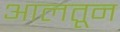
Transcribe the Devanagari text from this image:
आलतून